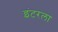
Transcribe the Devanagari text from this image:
इंटरला